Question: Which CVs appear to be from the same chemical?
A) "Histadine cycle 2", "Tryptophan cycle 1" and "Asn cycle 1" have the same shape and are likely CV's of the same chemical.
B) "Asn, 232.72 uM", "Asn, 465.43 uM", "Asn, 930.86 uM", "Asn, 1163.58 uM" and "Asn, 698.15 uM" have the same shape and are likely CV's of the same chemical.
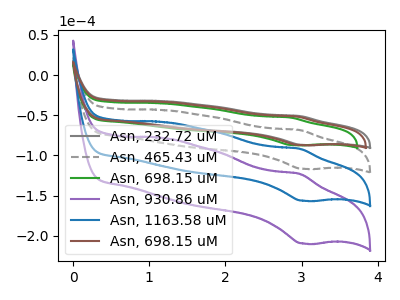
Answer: <think>The gray curve "Asn, 232.72 uM" has an anodic peak at (3.00V, -51.10uA) and a cathodic peak at (3.05V, -87.05uA). The gray dashed curve "Asn, 465.43 uM" has an anodic peak at (3.00V, -68.45uA) and a cathodic peak at (3.05V, -116.65uA). The green curve "Asn, 698.15 uM" has an anodic peak at (2.85V, -52.80uA) and a cathodic peak at (2.90V, -87.20uA). The purple curve "Asn, 930.86 uM" has an anodic peak at (3.00V, -205.40uA) and a cathodic peak at (3.05V, -350.00uA). The blue curve "Asn, 1163.58 uM" has an anodic peak at (3.00V, -136.95uA) and a cathodic peak at (3.05V, -233.35uA). The brown curve "Asn, 698.15 uM" has an anodic peak at (2.95V, -51.65uA) and a cathodic peak at (3.00V, -87.10uA).
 All the peaks in "Asn, 232.72 uM" have a peak in "Asn, 465.43 uM" at the same potential. "Asn, 232.72 uM" and "Asn, 698.15 uM" have at least one peak that do not match. All the peaks in "Asn, 232.72 uM" have a peak in "Asn, 930.86 uM" at the same potential. All the peaks in "Asn, 232.72 uM" have a peak in "Asn, 1163.58 uM" at the same potential. All the peaks in "Asn, 232.72 uM" have a peak in "Asn, 698.15 uM" at the same potential. "Asn, 465.43 uM" and "Asn, 698.15 uM" have at least one peak that do not match. All the peaks in "Asn, 465.43 uM" have a peak in "Asn, 930.86 uM" at the same potential. All the peaks in "Asn, 465.43 uM" have a peak in "Asn, 1163.58 uM" at the same potential. All the peaks in "Asn, 465.43 uM" have a peak in "Asn, 698.15 uM" at the same potential. "Asn, 698.15 uM" and "Asn, 930.86 uM" have at least one peak that do not match. "Asn, 698.15 uM" and "Asn, 1163.58 uM" have at least one peak that do not match. "Asn, 698.15 uM" and "Asn, 698.15 uM" have at least one peak that do not match. All the peaks in "Asn, 930.86 uM" have a peak in "Asn, 1163.58 uM" at the same potential. All the peaks in "Asn, 930.86 uM" have a peak in "Asn, 698.15 uM" at the same potential. All the peaks in "Asn, 1163.58 uM" have a peak in "Asn, 698.15 uM" at the same potential.</think>
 <answer>B) "Asn, 232.72 uM", "Asn, 465.43 uM", "Asn, 930.86 uM", "Asn, 1163.58 uM" and "Asn, 698.15 uM" have the same shape and are likely CV's of the same chemical.</answer>
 <eval>B</eval>